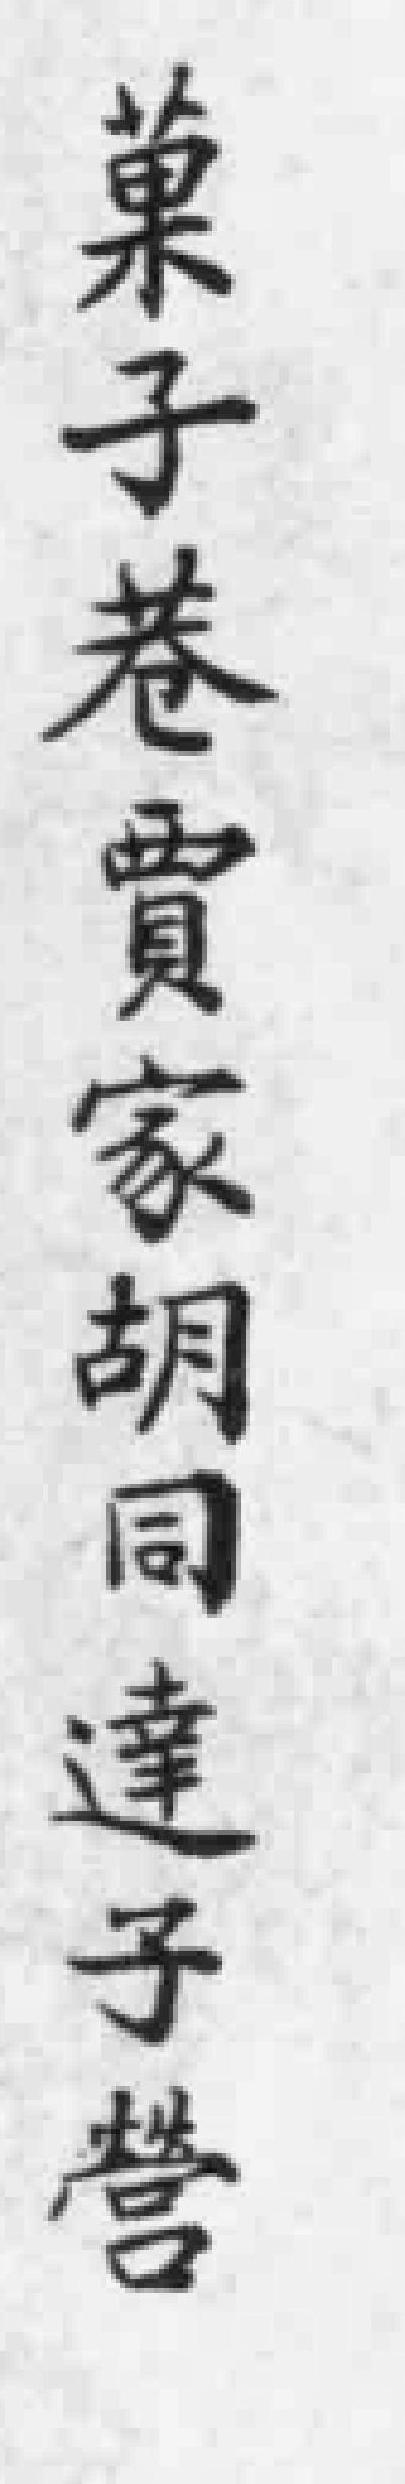
菓子巷賈家胡同達子營